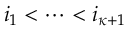
i _ { 1 } < \cdots < i _ { \kappa + 1 }